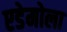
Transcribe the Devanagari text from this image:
एडेमोला